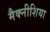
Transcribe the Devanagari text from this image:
मैक्नीशिया